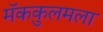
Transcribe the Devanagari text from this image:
मॅककुलमला